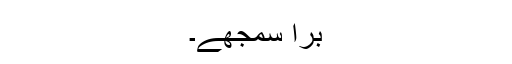
برا سمجھے۔